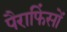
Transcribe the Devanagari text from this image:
पैराफिंसों